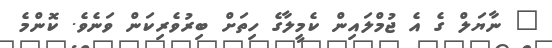
" ނާޔަލް ގެ އެ ޖުމްލައިން ކެމީލާގެ ހިތަށް ބިރުވެރިކަން ވަނެވެ. ކޮންމެ